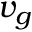
v _ { g }